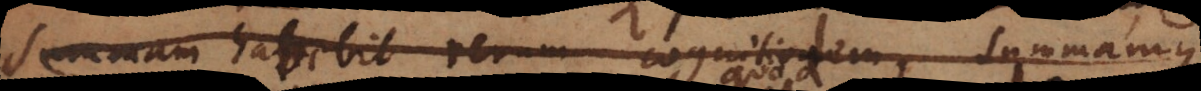
summam habebit rerum cognitionem summamque